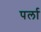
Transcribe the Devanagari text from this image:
पर्ला